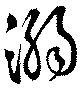
溺